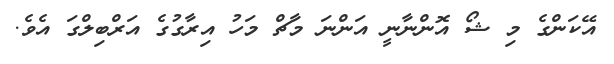
އޭކަންގެ މި ޝޯ އޮންނާނީ އަންނަ މާޗް މަހު އިރާގުގެ އަރްބިލްގަ އެވެ.